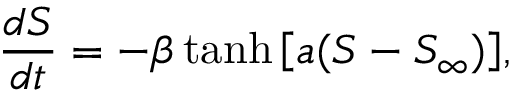
\frac { d S } { d t } = - \beta \operatorname { t a n h } { \left[ a ( S - S _ { \infty } ) \right] } ,